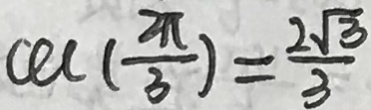
c c c ( \frac { 2 \pi } { 3 } ) = \frac { 2 \sqrt { 3 } } { 3 }